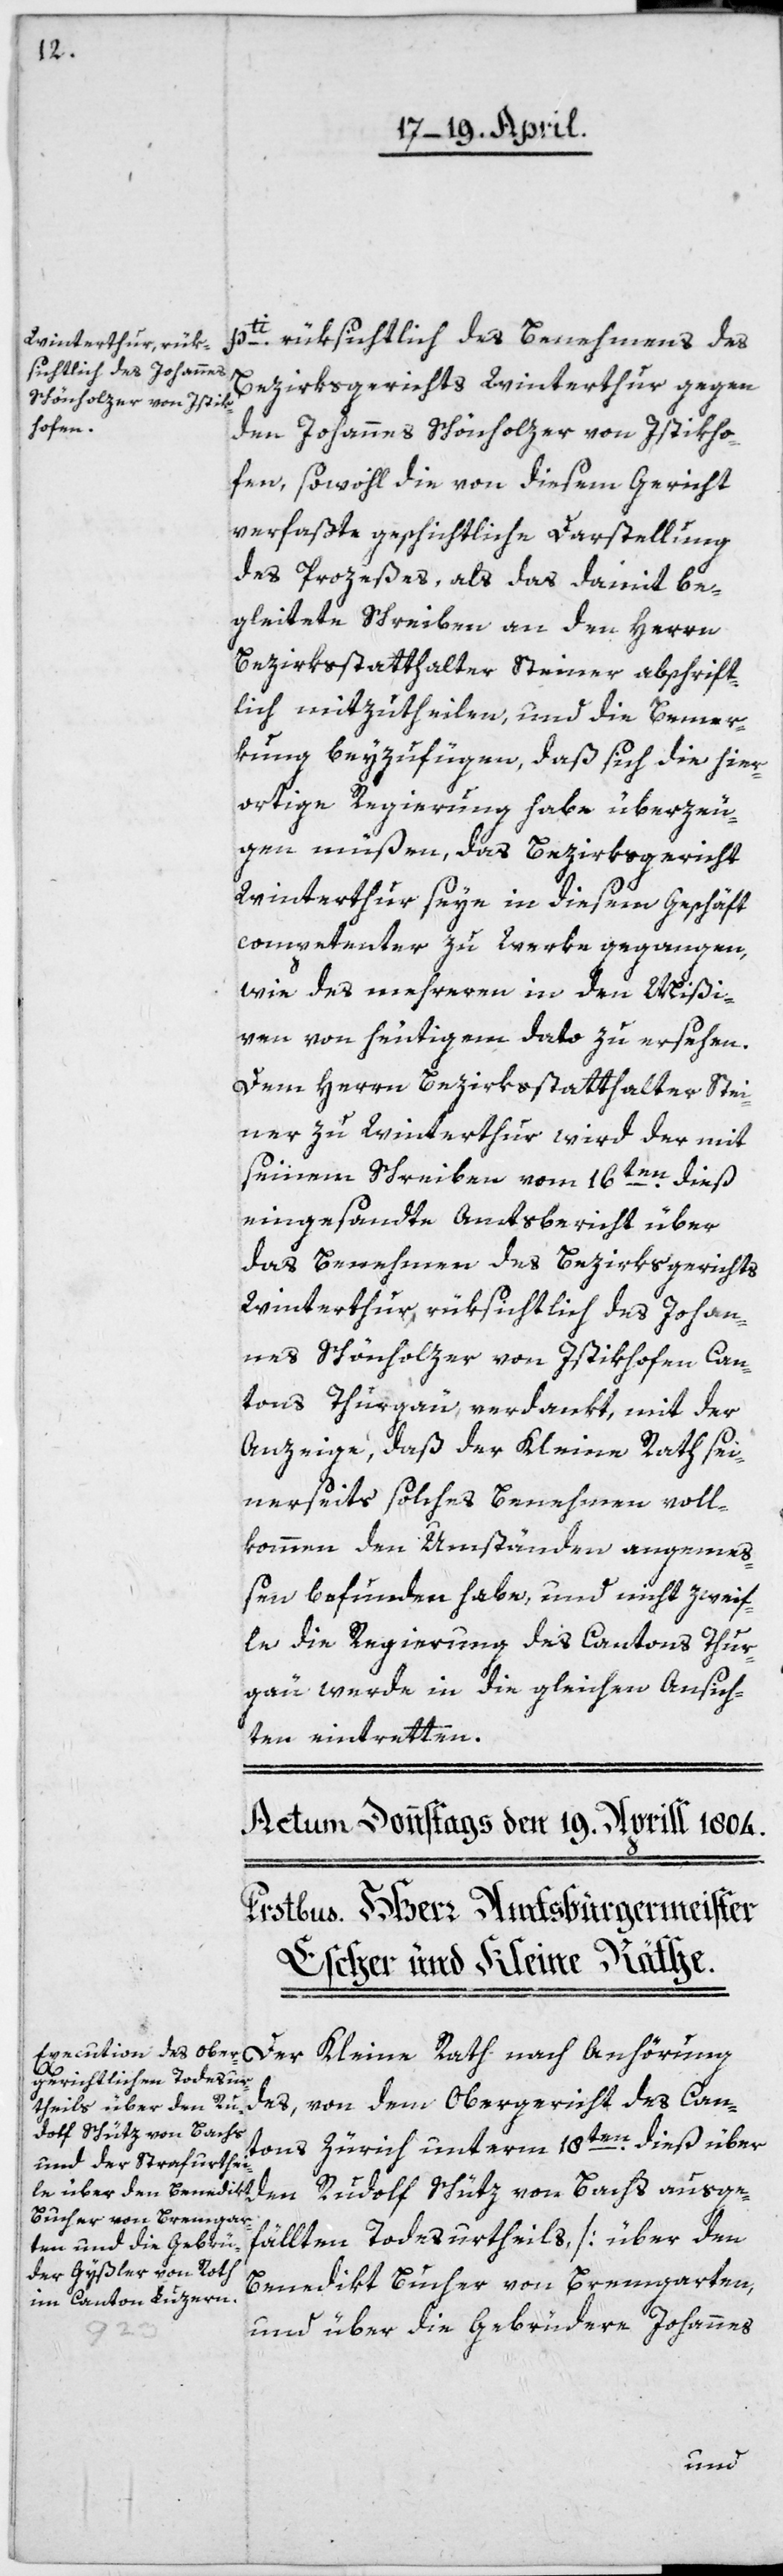
pti rüksichtlich des Benehmens des
Bezirksgerichts Winterthur gegen
den Johannes Schönholzer von Istikho¬
fen, sowohl die von diesem Gericht
verfaßte geschichtliche Darstellung
des Prozeßes, als das damit be¬
gleitete Schreiben an den Herrn
Bezirksstatthalter Steiner abschrift¬
lich mitzutheilen, und die Bemer¬
kung beyzufügen, daß sich die hier¬
ortige Regierung habe überzeu¬
gen müßen, das Bezirksgericht
Winterthur seye in diesem Geschäft
competenter zu Werke gegangen,
wie des mehreren in den Mißi¬
ven von heutigem Dato zu ersehen.
Dem Herrn Bezirksstatthalter Stei¬
ner zu Winterthur wird der mit
seinem Schreiben vom 16ten dieß
eingesandte Amtsbericht über
das Benehmen des Bezirksgerichts
Winterthur, rüksichtlich des Johan¬
nes Schönholzer von Istikhofen, Can¬
tons Thurgau, verdankt, mit der
Anzeige, daß der Kleine Rath sei¬
nerseits solches Benehmen voll¬
kommen den Umständen angemeß¬
en befunden habe, und nicht zweif¬
le, die Regierung des Cantons Thur¬
gau werde in die gleichen Ansich¬
ten eintretten.
Der Kleine Rath nach Anhörung
des, von dem Obergericht des Can¬
tons Zürich unterm 18ten dieß über
den Rudolf Schütz von Bachs ausge¬
fällten Todesurtheils, [über den
Benedikt Bucher von Bremgarten,
und über die Gebrüdere Johannes